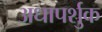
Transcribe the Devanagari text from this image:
अधापर्शुक